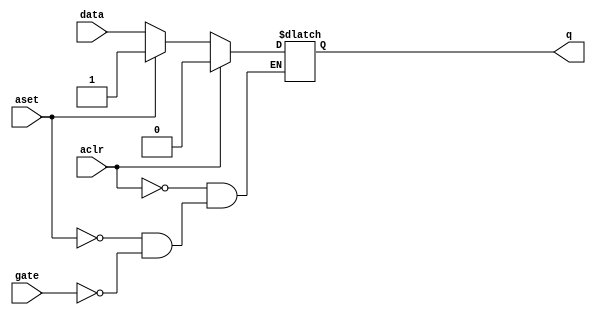
module latch(aclr,aset,gate,data,q);
input aclr,aset,gate;
parameter LAT_WIDTH=1;
input [LAT_WIDTH-1:0]data;
output reg [LAT_WIDTH-1:0]q;

always@(*) begin
	if(aclr)
	q<=1'b0;
	else if(aset)
	q<=1'b1;
	else if(gate)
	q<=data;

end


endmodule